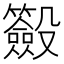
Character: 𣫢